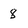
Character: 8